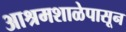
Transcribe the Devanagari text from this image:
आश्रमशाळेपासून